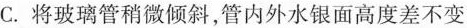
C.将玻璃管稍微倾斜，管内外水银面高度差不变